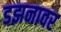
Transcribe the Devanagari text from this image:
डझनावर